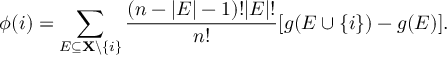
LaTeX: \phi ( i ) = \sum _ { E \subseteq \mathbf { X } \backslash \{ i \} } { \frac { ( n - | E | - 1 ) ! | E | ! } { n ! } } [ g ( E \cup \{ i \} ) - g ( E ) ] .